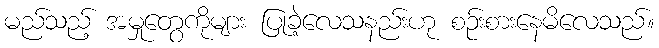
မည်သည့် အမှုတွေကိုများ ပြုခဲ့လေသနည်းဟု စဉ်းစားနေမိလေသည်။